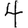
Digit: 4